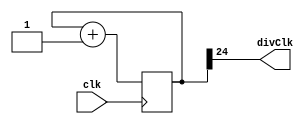
module clkDiv(input clk, output divClk);
	parameter n = 25;
	reg [n-1:0] count = 0;
	assign divClk = count[n-1];
	always @(posedge clk)
		count <= count + 1;
endmodule